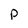
Character: P